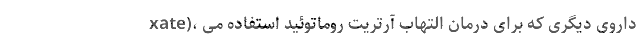
xate)، داروی دیگری که برای درمان التهاب آرتریت روماتوئید استفاده می